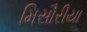
મિસૌરીયા